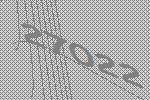
27022